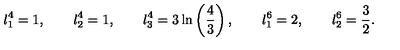
l _ { 1 } ^ { 4 } = 1 , \qquad l _ { 2 } ^ { 4 } = 1 , \qquad l _ { 3 } ^ { 4 } = 3 \ln \left( \frac { 4 } { 3 } \right) , \qquad l _ { 1 } ^ { 6 } = 2 , \qquad l _ { 2 } ^ { 6 } = \frac { 3 } { 2 } .